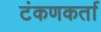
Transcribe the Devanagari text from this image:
टंकणकर्ता